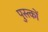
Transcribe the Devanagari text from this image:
पुस्त्कों